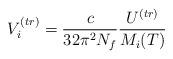
LaTeX: \begin{align*}V_i^{(tr)} = \frac{c}{32\pi^2N_f} \frac{U^{(tr)}}{M_i(T)} \end{align*}